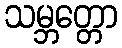
သမ္ဘတ္တော